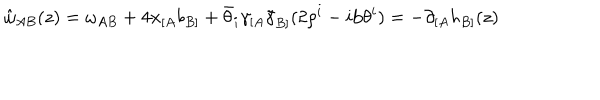
\hat { \omega } _ { A B } ( z ) = \omega _ { A B } + 4 x _ { [ A } b _ { B ] } + \bar { \theta } _ { i } \gamma _ { [ A } \tilde { \gamma } _ { B ] } ( 2 \rho ^ { i } - i \mathrm { b } \theta ^ { i } ) = - \partial _ { [ A } h _ { B ] } ( z )